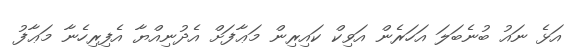
އަޅެ ނައު ބުނެބަލަ އަހަރެން އަވިކް ކައިރިން މަޢާފަށް އެދުނިއްޔާ އެފިރިހެނާ މަޢާފު